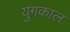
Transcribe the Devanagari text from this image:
युगकाल